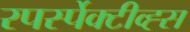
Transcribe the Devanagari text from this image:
रपर्स्पेक्टीव्ह्स